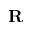
\mathbf { R }